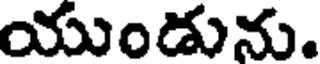
యుండును.